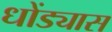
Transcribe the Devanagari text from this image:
धोंड्यास